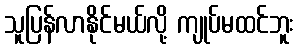
သူပြန်လာနိုင်မယ်လို့ ကျုပ်မထင်ဘူး